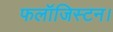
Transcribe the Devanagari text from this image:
फलॉजिस्टन।